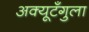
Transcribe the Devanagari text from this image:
अक्यूटँगुला